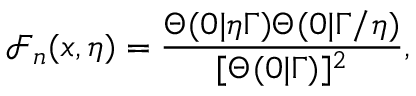
\mathcal { F } _ { n } ( x , \eta ) = \frac { \Theta ( 0 | \eta \Gamma ) \Theta ( 0 | \Gamma / \eta ) } { [ \Theta ( 0 | \Gamma ) ] ^ { 2 } } ,